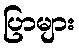
ပြာများ